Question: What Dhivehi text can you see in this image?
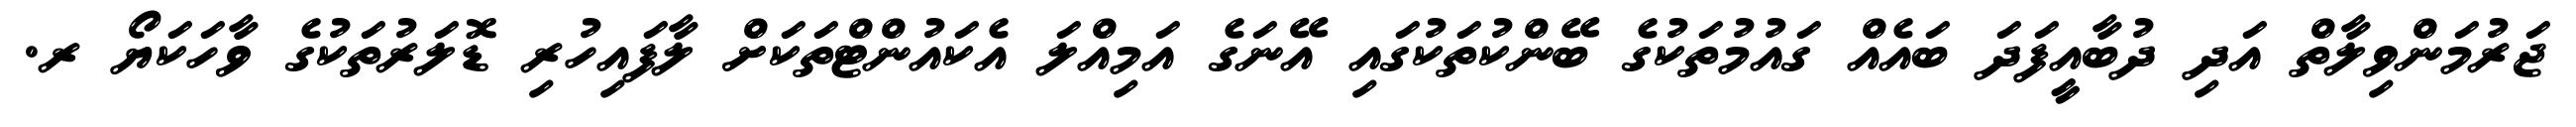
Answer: ޖަރުމަންވިލާތް އަދި ދުބާއީފަދަ ބައެއް ގައުމުތަކުގެ ބޭންކުތަކުގައި އޭނަގެ އަމިއްލަ އެކައުންޓްތަކަށް ލާފައިހުރި ޑޮލަރުތަކުގެ ވާހަކަޔޯ ރ.